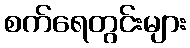
စက်ရေတွင်းများ